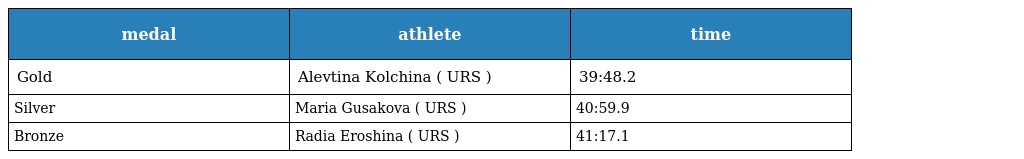
| medal | athlete | time |
 | --- | --- | --- |
 | Gold | Alevtina Kolchina ( URS ) | 39:48.2 |
 | Silver | Maria Gusakova ( URS ) | 40:59.9 |
 | Bronze | Radia Eroshina ( URS ) | 41:17.1 |